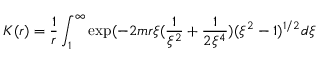
K ( r ) = \frac { 1 } { r } \int _ { 1 } ^ { \infty } \exp ( - 2 m r \xi ( \frac { 1 } { \xi ^ { 2 } } + \frac { 1 } { 2 \xi ^ { 4 } } ) ( \xi ^ { 2 } - 1 ) ^ { 1 / 2 } d \xi